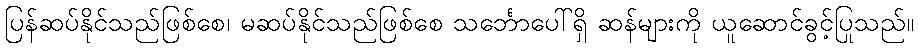
ပြန်ဆပ်နိုင်သည်ဖြစ်စေ၊ မဆပ်နိုင်သည်ဖြစ်စေ သင်္ဘောပေါ်ရှိ ဆန်များကို ယူဆောင်ခွင့်ပြုသည်။